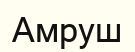
Амруш